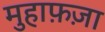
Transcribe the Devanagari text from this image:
मुहाफ़ज़ा